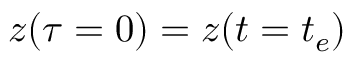
\ensuremath { \boldsymbol { z } } ( \tau = 0 ) = \ensuremath { \boldsymbol { z } } ( t = t _ { e } )